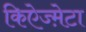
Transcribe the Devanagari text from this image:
किऐज्म़ेटा